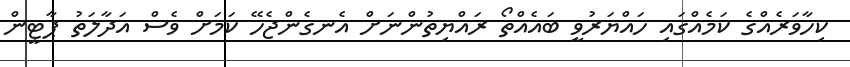
ކިހާވަރެއްގެ ކަމެއްގައި ހައްޔަރުވީ ބައެއްތޯ ރައްޔިތުންނަށް އެނގެންޖެހޭ ކަމަށް ވެސް އަދާލަތު ޕާޓީން